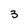
Character: 3